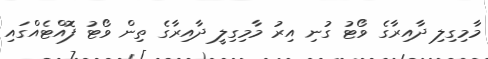
މާމިގިލި ދާއިރާގެ ވޯޓު ގުނި އިރު މާމިގިލީ ދާއިރާގެ ތިން ވޯޓު ފޮއްޓެއްގައި